Civil Veterinary Department. Central Provinces & Berar 1932-41 - 1932-1941
Year: 1932
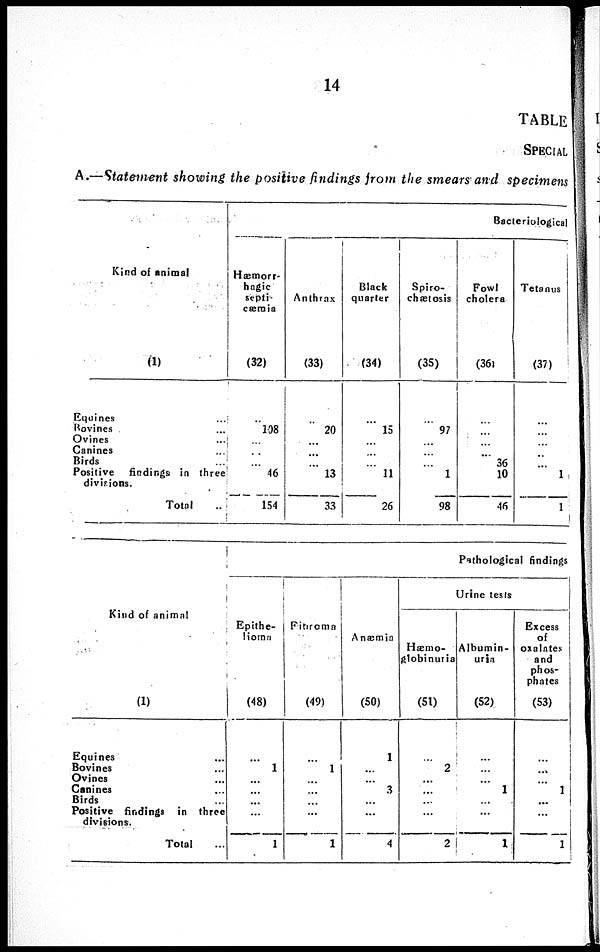
14
TABLE
SPECIAL
A.—Statement showing the positive findings from the smears and specimens
Kind of animal
(1)
Equines ...
Bovines . ...
Ovines ...
Canines ...
Birds ...
Positive findings in three
divisions.
Total ...
Bacteriological
Hæmorr-
hagic
septi-
cæmia
(32)
...
108
...
...
...
46
154
Anthrax
(33)
...
20
...
...
...
13
33
Black
quarter
(34)
...
15
...
...
...
11
26
Spiro-
chætosis
(35)
...
97
...
...
...
1
98
Fowl
cholera
(36)
...
...
...
...
36
10
46
Tetanus
(37)
...
...
...
...
...
1
1
Kind of animal
(1)
Equines ...
Bovines ...
Ovines ...
Canines
Birds
Positive findings in three
divisions.
Total
Pathological findings
Epithe-
lioma
(48)
...
1
...
...
...
...
1
Fibroma
(49)
...
1
...
...
...
...
1
Anæmia
(50)
1
...
...
3
...
...
4
Urine tests
Hæmo-
globinuria
(51)
...
2
...
...
...
...
2
Albumin-
uria
(52)
...
...
...
1
...
...
1
Excess
of
oxalates
and
phos-
phates
(53)
...
...
...
1
...
...
1